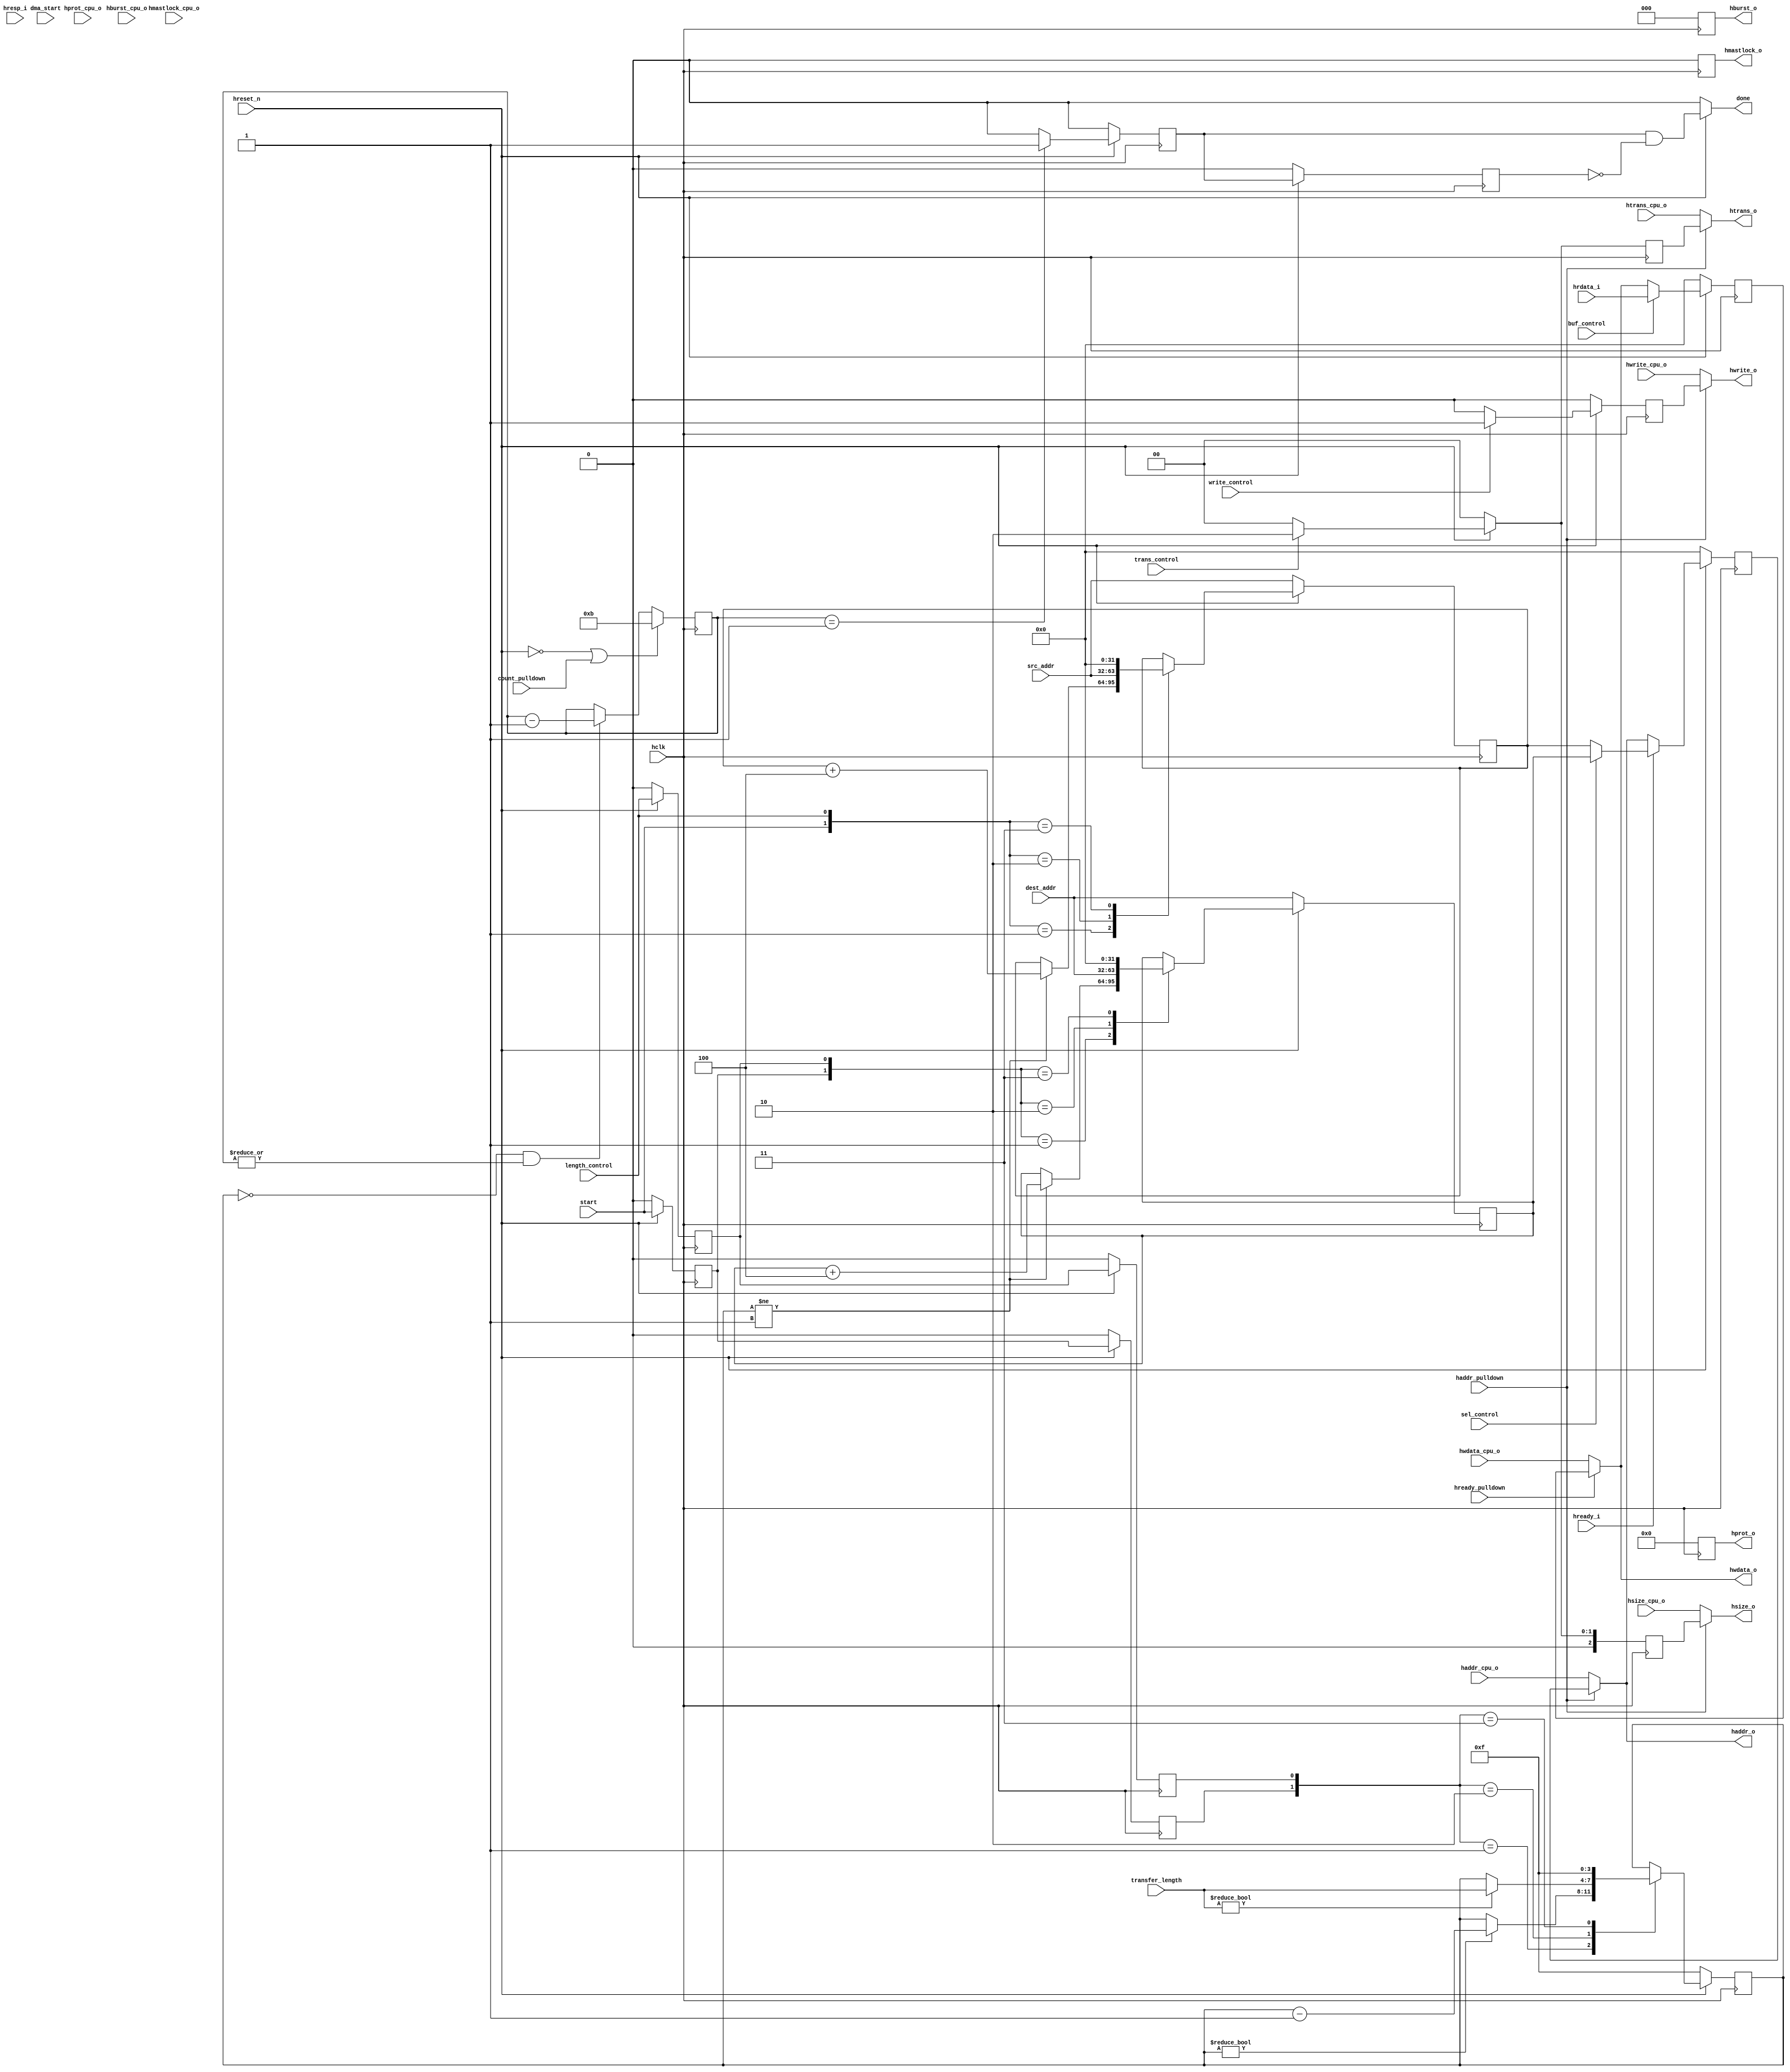
// DMA-Datapath Module
// (c) 2016-04-29 by Reshma Siddalingadevaru

module DMA_datapath (
	 hclk,
	 hreset_n,
	 hready_i,
	 hresp_i,
	 hrdata_i,
	 haddr_o,
	 hburst_o,
	 hprot_o,
	 hsize_o,
	 htrans_o,
	 hwdata_o,
	 hmastlock_o,
	 hwrite_o,
	 src_addr,
	 dest_addr,
	 transfer_length,
	 start,
	 sel_control,
	 buf_control,
	 write_control,
	 length_control,trans_control,
	 hready_pulldown,dma_start,haddr_pulldown,
         haddr_cpu_o,
         hburst_cpu_o,
         hprot_cpu_o,
         hsize_cpu_o,
         htrans_cpu_o,
         hwdata_cpu_o,
         hmastlock_cpu_o,
         hwrite_cpu_o,
	 done,
	 count_pulldown	
);

input wire  hready_pulldown;
input wire dma_start;
wire dram_control;
input wire haddr_pulldown;
input wire count_pulldown;

input wire  hclk;
input wire 	 hreset_n;
input wire 	 hready_i;
input wire 	 hresp_i;
input wire  [31:0] hrdata_i;

output wire [31:0] haddr_o;
output reg	 [2:0]  hburst_o;
output reg	 [3:0]  hprot_o;
output reg	 [2:0]  hsize_o;
output reg	 [1:0]  htrans_o;
output wire	 [31:0] hwdata_o;
output reg	hmastlock_o;
output wire	hwrite_o;
output reg done;	


input wire [31:0] src_addr;
input wire [31:0] dest_addr;
input wire [3:0]  transfer_length;
input wire start;
input wire  sel_control;
input wire buf_control;
input wire write_control;
input wire length_control;
input wire trans_control;

input wire [31:0]                     haddr_cpu_o;
input wire [2:0]                      hburst_cpu_o;
input wire [3:0]                      hprot_cpu_o;
input wire [2:0]                      hsize_cpu_o;
input wire [1:0]                      htrans_cpu_o;
input wire [31:0]                     hwdata_cpu_o;
input wire                            hmastlock_cpu_o;
input wire                            hwrite_cpu_o;


reg [31:0] buffer;
reg [31:0] src_addr_reg;
reg [31:0] dest_addr_reg;
reg [3:0] transfer_length_reg;
reg [31:0] selctrl_wire;
reg [31:0] addrctrl_wire;
reg [31:0] bufctrl_wire;
reg  writectrl_wire;
reg [31:0] src_addr_reg_1;
reg dram_control_reg;


reg start_1,start_2, length_control_1, length_control_2;


reg done_dma;
reg done_reg;

reg [31:0] addrctrl_reg;
reg [31:0] bufctrl_reg;
reg writectrl_reg;
reg [1:0] htrans_reg;
reg [2:0] hsize_reg;
reg htrans_control, htrans_control_reg;
reg [3:0]count;
wire zero;


always @(posedge hclk)
begin
if(!hreset_n || count_pulldown)
   count <= 4'b1011;
else if (transfer_length_reg == 4'h0 && !zero) 
   count <= count - 4'b0001;   
end


assign zero = ~|count;

always @(posedge hclk)
begin
if(!hreset_n)
	done_dma <= 1'b0;
else if (count == 4'h1) begin
	done_dma <= 1'b1 ;
end
else
	done_dma <= 1'b0;
end


always @(posedge hclk)
begin
	if(!hreset_n)
	done_reg <= 1'b0;
	else
	done_reg <= done_dma;
end

always @(*)
begin
	if(!hreset_n)
	done <= 1'b0;
	else
	done <= (done_dma == 1'b1) && (done_reg == 1'b0);
end

always @(posedge hclk)
begin
	if(!hreset_n)
	begin
	start_1 <= 1'b0;
	start_2 <= 1'b0;
	length_control_1 <= 1'b0;
	length_control_2 <= 1'b0;
	end
	else begin
	start_1 <= start;
	start_2 <= start_1;
	length_control_1 <= length_control;
	length_control_2 <= length_control_1; end
end


always @(posedge hclk)
begin
	if(!hreset_n )
	begin
		hburst_o <= 3'b0;
		hprot_o <= 4'b0;
		hmastlock_o <= 1'b0;
	end
	else
	begin
		hburst_o <= 3'b0;
		hprot_o <= 4'b0;
		hmastlock_o <= 1'b0;
	end
end


always @(posedge hclk)
begin
	if(!hreset_n)
	begin
		hsize_reg <= 3'b0;
		htrans_reg <= 2'b0;
	end

	else if (trans_control)		
	begin
		hsize_reg <=  3'b010 ;
		htrans_reg <=  2'b10 ;
	end
	else 	
	begin
		hsize_reg <=  3'b000 ;
		htrans_reg <=  2'b00 ;
	end
end

always @(*)
begin
	hsize_o <=  haddr_pulldown ? hsize_reg : hsize_cpu_o;
	htrans_o <= (haddr_pulldown ? htrans_reg : htrans_cpu_o);
end



always @(posedge hclk)
begin
	if(!hreset_n)
	begin
		src_addr_reg <= src_addr;
		dest_addr_reg <= dest_addr;
		transfer_length_reg <= 4'hf;
	end
	else
	begin
		case({start,length_control})
			2'b00 : src_addr_reg <= src_addr_reg;
			2'b01 : begin 
				if(transfer_length_reg != 4'h1)
					src_addr_reg <= src_addr_reg + 32'h4;
				end			
			2'b10 : src_addr_reg <= src_addr;
			2'b11 : src_addr_reg <= 32'h0;
		endcase
		case({start_1,length_control_1})
			2'b00 : dest_addr_reg <= dest_addr_reg;
			2'b01 : begin 
				if(transfer_length_reg != 4'h1)
					dest_addr_reg <= dest_addr_reg + 32'h4;
				end
			2'b10 : dest_addr_reg <= dest_addr;
			2'b11 : dest_addr_reg <= 32'h0;
		endcase
		case({start_2,length_control_2})
			2'b00 : transfer_length_reg <= transfer_length_reg;
			2'b01 : begin
				if(transfer_length_reg != 4'h0) transfer_length_reg <= transfer_length_reg - 4'h1;
				//else transfer_length_reg <= 4'h0;
				end
			2'b10 : if(transfer_length != 4'h0) transfer_length_reg <= transfer_length; 
			2'b11 : transfer_length_reg <= 4'hf;
		endcase
	end
	//end
end


//********************** Haddr combinational *************************
always @(*)
begin
	addrctrl_wire <= (hready_i ? (sel_control ? dest_addr_reg : src_addr_reg) : haddr_o);
end

//********************** Haddr sequential *************************
always @(posedge hclk)
begin
	if(!hreset_n ) begin
		//haddr_o <= 32'h0;		
		addrctrl_reg <= 32'h0; 
	end
	
	else begin		
		addrctrl_reg <= addrctrl_wire;
		//haddr_o <= haddr_pulldown ? addrctrl_wire : haddr_cpu_o;
	end
end

assign haddr_o = (haddr_pulldown ? addrctrl_reg : haddr_cpu_o);

//*********************** HWrite combinational ********************
always @(*)
begin	
		writectrl_wire <= write_control ? 1'b1 : 1'b0;
		
end


//*********************** HWrite sequential ***********************
always @(posedge hclk)
begin
	if(!hreset_n )//|| transfer_length_reg == 4'h0)
		writectrl_reg <= 1'h0;
	else
		writectrl_reg <= writectrl_wire ;
end


assign hwrite_o = (haddr_pulldown ? writectrl_reg : hwrite_cpu_o);

//*********************** HWdata combinational********************
always @(*)
begin	

	bufctrl_wire  <= buf_control ? hrdata_i : hwdata_o ;
end


//*********************** HWdata sequential********************
always @(posedge hclk)
begin
	if(!hreset_n )
		bufctrl_reg <= 32'h0;
	else
		bufctrl_reg <= bufctrl_wire;
end

assign hwdata_o = (hready_pulldown ? bufctrl_reg : hwdata_cpu_o);

endmodule